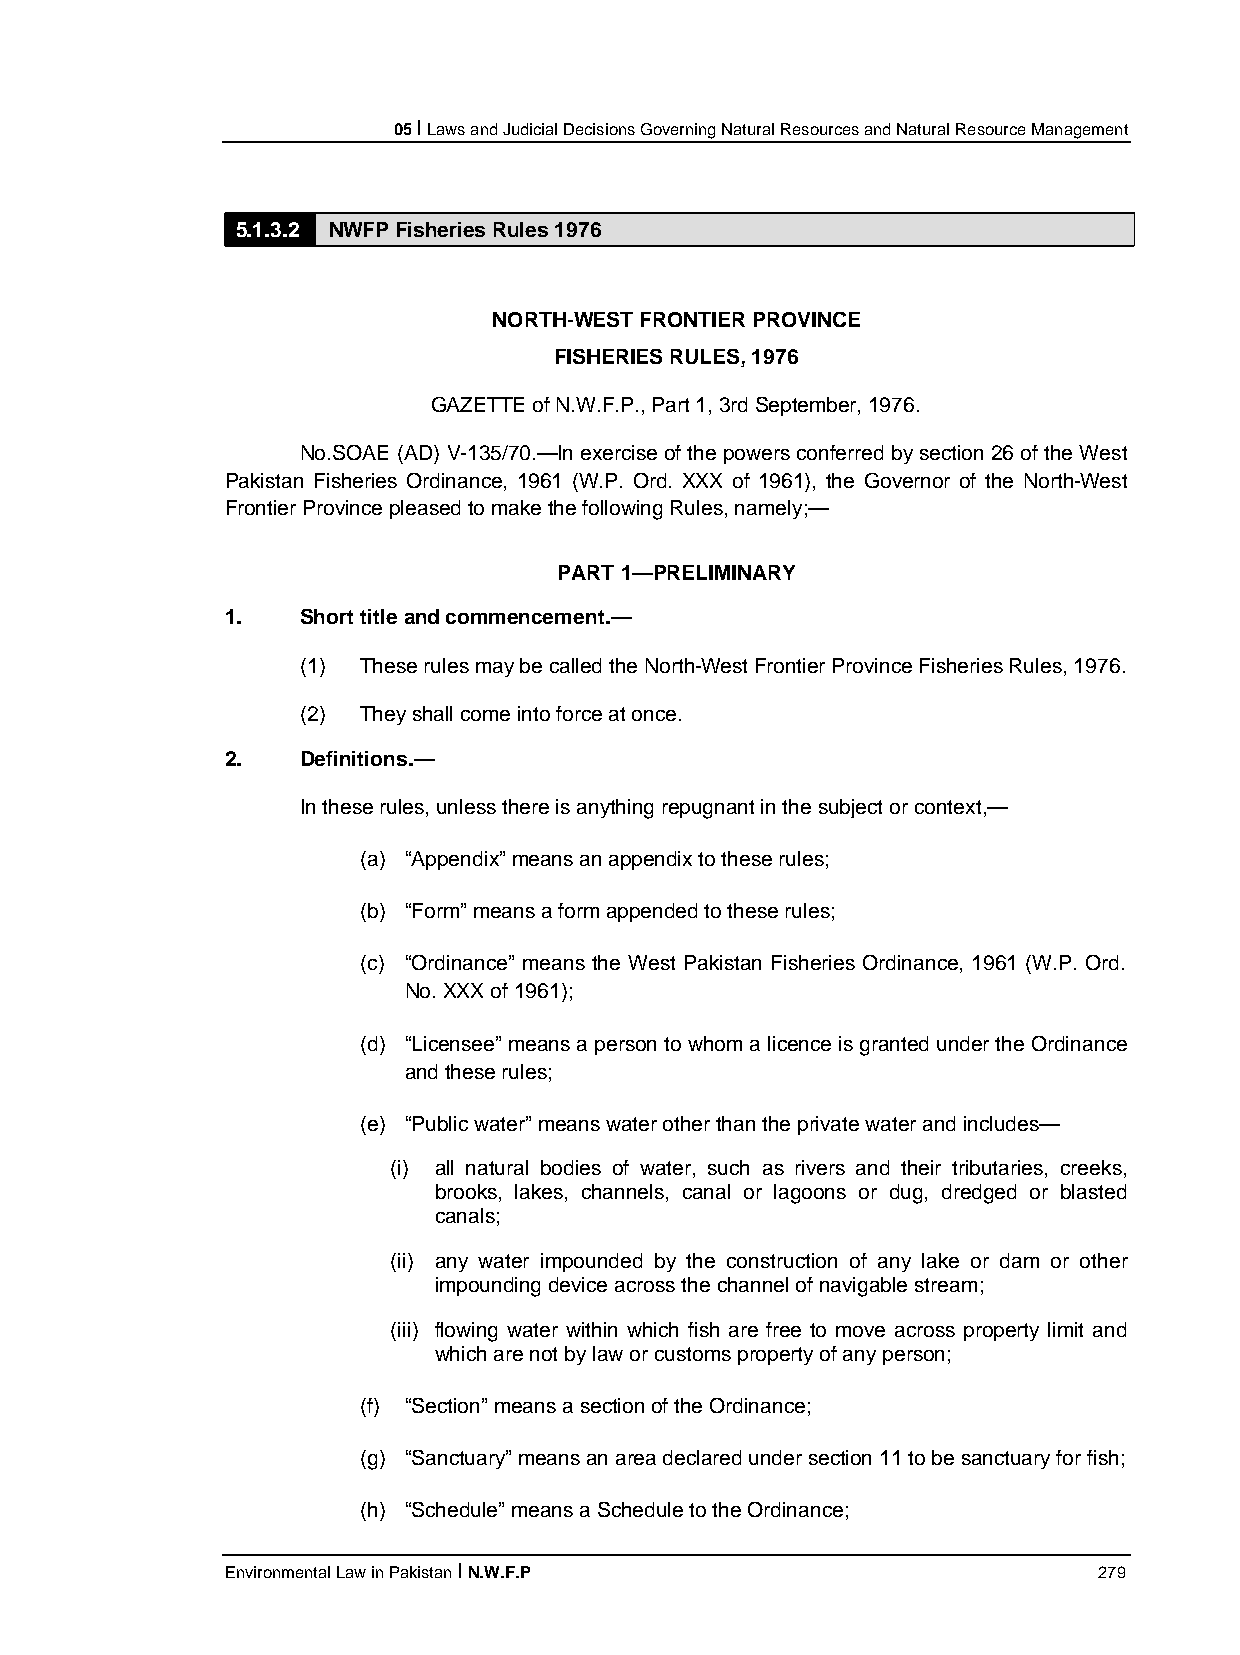
05 I Laws and Judicial Decisions Governing Natural Resources and Natural Resource Management
 5.1.3.2 NWFP Fisheries Rules 1976
 NORTH-WEST FRONTIER PROVINCE
 FISHERIES RULES, 1976
 GAZETTE of N.W.F.P., Part 1, 3rd September, 1976.
 No.SOAE (AD) V-135/70.—In exercise of the powers conferred by section 26 of the West
 Pakistan Fisheries Ordinance, 1961 (W.P. Ord. XXX of 1961), the Governor of the North-West
 Frontier Province pleased to make the following Rules, namely;—
 PART 1—PRELIMINARY
 1.   Short title and commencement.—
 (1) These rules may be called the North-West Frontier Province Fisheries Rules, 1976.
 (2) They shall come into force at once.
 2.   Definitions.—
 In these rules, unless there is anything repugnant in the subject or context,—
 (a) “Appendix” means an appendix to these rules;
 (b) “Form” means a form appended to these rules;
 (c) “Ordinance” means the West Pakistan Fisheries Ordinance, 1961 (W.P. Ord.
 No. XXX of 1961);
 (d) “Licensee” means a person to whom a licence is granted under the Ordinance
 and these rules;
 (e) “Public water” means water other than the private water and includes—
 (i) all natural bodies of water, such as rivers and their tributaries, creeks,
 brooks, lakes, channels, canal or lagoons or dug, dredged or blasted
 canals;
 (ii) any water impounded by the construction of any lake or dam or other
 impounding device across the channel of navigable stream;
 (iii) flowing water within which fish are free to move across property limit and
 which are not by law or customs property of any person;
 (f) “Section” means a section of the Ordinance;
 (g) “Sanctuary” means an area declared under section 11 to be sanctuary for fish;
 (h) “Schedule” means a Schedule to the Ordinance;
 Environmental Law in Pakistan I N.W.F.P                   279